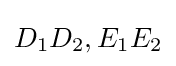
D_{1}D_{2},E_{1}E_{2}